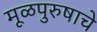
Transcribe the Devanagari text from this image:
मूळपुरुषाचे